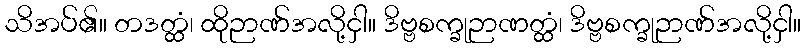
သိအပ်၏။ တဒတ္ထံ၊ ထိုဉာဏ်အလို့ငှါ။ ဒိဗ္ဗစက္ခုဉာဏတ္ထံ၊ ဒိဗ္ဗစက္ခုဉာဏ်အလို့ငှါ။